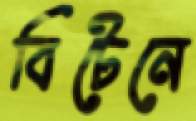
বিটেনে